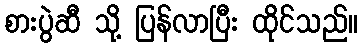
စားပွဲဆီ သို့ ပြန်လာပြီး ထိုင်သည်။